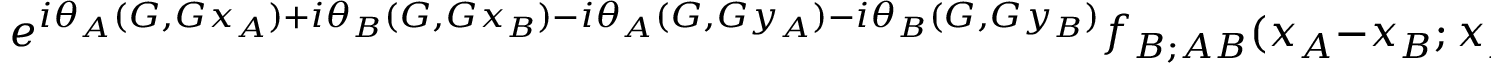
e ^ { i \theta _ { A } ( G , G x _ { A } ) + i \theta _ { B } ( G , G x _ { B } ) - i \theta _ { A } ( G , G y _ { A } ) - i \theta _ { B } ( G , G y _ { B } ) } f _ { B ; A B } ( x _ { A } - x _ { B } ; x _ { A } - y _ { A } , x _ { A } - y _ { B } ) .